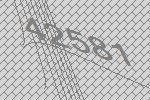
42581